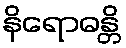
နိရောဓန္တိ